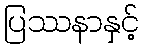
ပြဿနာနှင့်